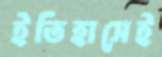
ইতিহাসেই